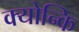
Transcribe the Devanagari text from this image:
क्योन्कि